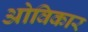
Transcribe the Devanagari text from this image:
ओविकार